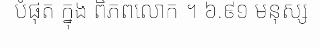
បំផុត ក្នុង ពិភពលោក ។ ៦.៩១ មនុស្ស